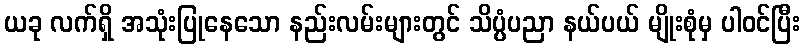
ယခု လက်ရှိ အသုံးပြုနေသော နည်းလမ်းများတွင် သိပ္ပံပညာ နယ်ပယ် မျိုးစုံမှ ပါဝင်ပြီး